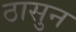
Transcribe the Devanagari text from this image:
ठासुन